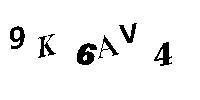
9K6AV4